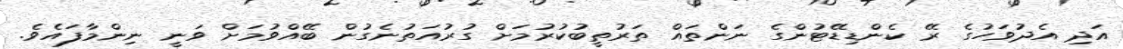
އަދި އެދުވަހުގެ ރޭ ކެންޑިޑޭޓުންގެ ނަންތައް ތަރުތީބުކުރުމަށް ގުރުއަތުނެގުން ބޭއްވުމަށް ވަނީ ނިންމާފައެވެ.